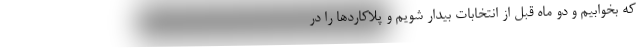
که بخوابیم و دو ماه قبل از انتخابات بیدار شویم و پلاکاردها را در